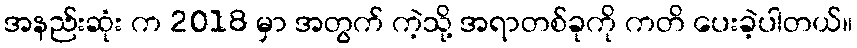
အနည်းဆုံး က 2018 မှာ အတွက် ကဲ့သို့ အရာတစ်ခုကို ကတိ ပေးခဲ့ပါတယ်။